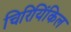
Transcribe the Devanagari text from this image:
चिरियिंकिल